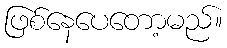
ဖြစ်နေပေတော့မည်။